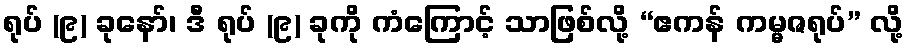
ရုပ် (၉) ခုနော်၊ ဒီ ရုပ် (၉) ခုကို ကံကြောင့် သာဖြစ်လို့ “ဧကန် ကမ္မဇရုပ်” လို့